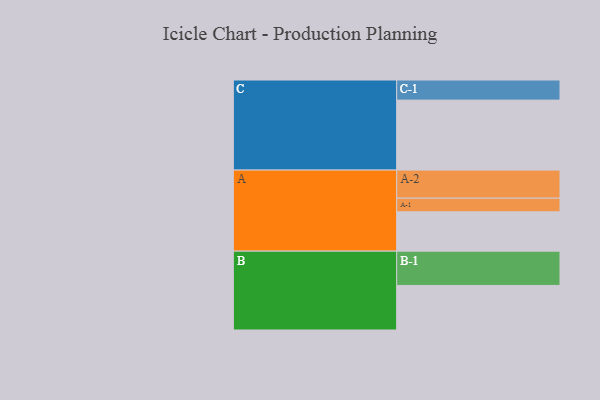
{"axis": {"x": "Segment", "y": "Value"}, "legend": ["", "A", "B", "C"], "data": [{"x": "A", "y": 336, "type": ""}, {"x": "B", "y": 381, "type": ""}, {"x": "C", "y": 598, "type": ""}, {"x": "A-1", "y": 117, "type": "A"}, {"x": "A-2", "y": 240, "type": "A"}, {"x": "B-1", "y": 293, "type": "B"}, {"x": "C-1", "y": 172, "type": "C"}]}